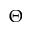
\Theta